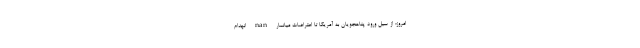
امروز؛ از سیل ورود پناهجویان به آمریکا تا اعتراضات میانمار nan انهدام